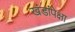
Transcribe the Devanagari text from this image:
खंडांपेक्षा